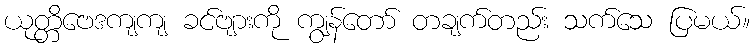
ယုတ္တိဗေဒကျကျ ခင်ဗျားကို ကျွန်တော် တချက်တည်း သက်သေ ပြမယ်။